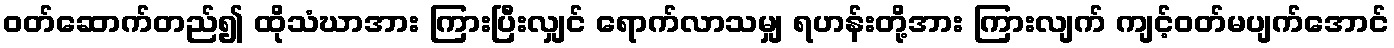
ဝတ်ဆောက်တည်၍ ထိုသံဃာအား ကြားပြီးလျှင် ရောက်လာသမျှ ရဟန်းတို့အား ကြားလျက် ကျင့်ဝတ်မပျက်အောင်